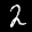
Label: 2